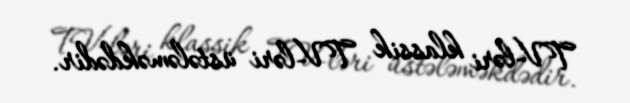
TV-ləri klassik TV-ləri üstələməkdədir.